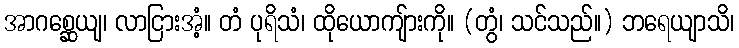
အာဂစ္ဆေယျ၊ လာငြားအံ့။ တံ ပုရိသံ၊ ထိုယောကျ်ားကို။ (တွံ၊ သင်သည်။) ဘရေယျာသိ၊